Civil Veterinary Dept. Bombay admin report 1893-99 - 1893-1899
Year: 1893
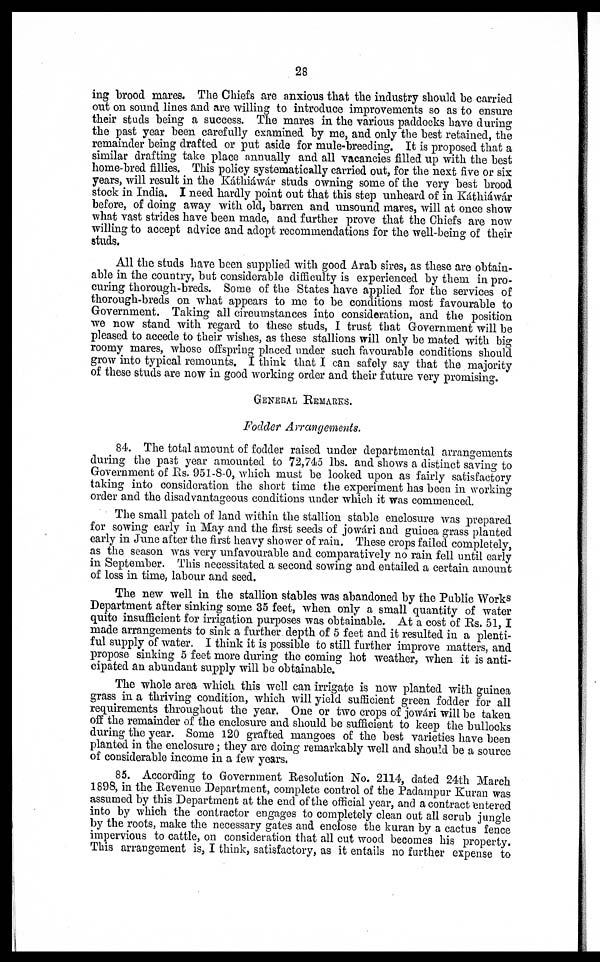
28
ing brood mares. The Chiefs are anxious that the industry should be carried
out on sound lines and are willing to introduce improvements so as to ensure
their studs being a success. The mares in the various paddocks have during
the past year been carefully examined by me, and only the best retained, the
remainder being drafted or put aside for mule-breeding. It is proposed that a
similar drafting take place annually and all vacancies filled up with the best
home-bred fillies. This policy systematically carried out, for the next five or six
years, will result in the Káthiáwár studs owning some of the very best brood
stock in India. I need hardly point out that this step unheard of in Káthiáwár
before, of doing away with old, barren and unsound mares, will at once show
what vast strides have been made, and further prove that the Chiefs are now
willing to accept advice and adopt recommendations for the well-being of their
studs.
All the studs have been supplied with good Arab sires, as these are obtain-
able in the country, but considerable difficulty is experienced by them in pro-
curing thorough-breds. Some of the States have applied for the services of
thorough-breds on what appears to me to be conditions most favourable to
Government. Taking all circumstances into consideration, and the position
we now stand with regard to these studs, I trust that Government will be
pleased to accede to their wishes, as these stallions will only be mated with big
roomy mares, whose offspring placed under such favourable conditions should
grow into typical remounts. I think that I can safely say that the majority
of these studs are now in good working order and their future very promising.
GENERAL REMARKS.
Fodder Arrangements.
84. The total amount of fodder raised under departmental arrangements
during the past year amounted to 72,745 lbs. and shows a distinct saving to
Government of Rs. 951-8-0, which must be looked upon as fairly satisfactory
taking into consideration the short time the experiment has been in working
order and the disadvantageous conditions under which it was commenced.
The small patch of land within the stallion stable enclosure was prepared
for sowing early in May and the first seeds of jowári and guinea grass planted
early in June after the first heavy shower of rain. These crops failed completely,
as the season was very unfavourable and comparatively no rain fell until early
in September. This necessitated a second sowing and entailed a certain amount
of loss in time, labour and seed.
The new well in the stallion stables was abandoned by the Public Works
Department after sinking some 35 feet, when only a small quantity of water
quite insufficient for irrigation purposes was obtainable. At a cost of Rs. 51, I
made arrangements to sink a further depth of 5 feet and it resulted in a plenti-
ful supply of water. I think it is possible to still further improve matters, and
propose sinking 5 feet more during the coming hot weather, when it is anti-
cipated an abundant supply will be obtainable.
The whole area which this well can irrigate is now planted with guinea
grass in a thriving condition, which will yield sufficient green fodder for all
requirements throughout the year. One or two crops of jowári will be taken
off the remainder of the enclosure and should be sufficient to keep the bullocks
during the year. Some 120 grafted mangoes of the best varieties have been
planted in the enclosure; they are doing remarkably well and should be a source
of considerable income in a few years,
85. According to Government Resolution No. 2114, dated 24th March
1898, in the Revenue Department, complete control of the Padampur Kuran was
assumed by this Department at the end of the official year, and a contract entered
into by which the contractor engages to completely clean out all scrub jungle
by the roots, make the necessary gates and enclose the kuran by a cactus fence
impervious to cattle, on consideration that all cut wood becomes his property.
This arrangement is, I think, satisfactory, as it entails no further expense to